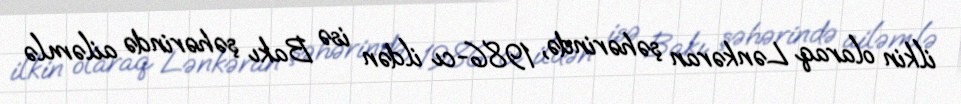
ilkin olaraq Lənkəran şəhərində, 1986-cı ildən isə Bakı şəhərində ailəmlə